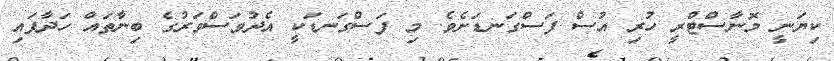
ކިޔަނީ މޮނާސްޓްރީ ހުރި އުސް ފަސްގަނޑަށެވެ. މި ފަސްގަނޑަކީ އެދުވަސްވަރުގެ ބިނާތައް ހަދާފައި